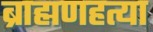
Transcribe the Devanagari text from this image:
ब्राह्मणहत्या